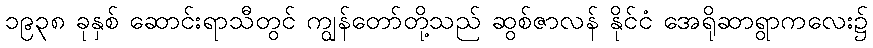
၁၉၃၈ ခုနှစ် ဆောင်းရာသီတွင် ကျွန်တော်တို့သည် ဆွစ်ဇာလန် နိုင်ငံ အေရိုဆာရွာကလေး၌